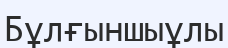
Бұлғыншыұлы